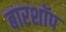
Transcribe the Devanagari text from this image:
बारशॉप